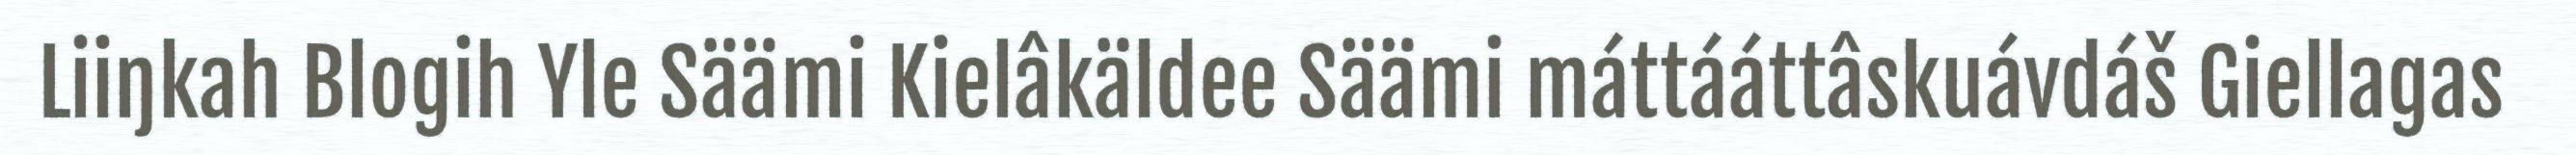
Liiŋkah Blogih Yle Säämi Kielâkäldee Säämi máttááttâskuávdáš Giellagas